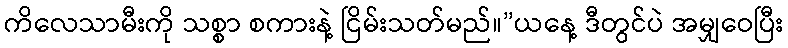
ကိလေသာမီးကို သစ္စာ စကားနဲ့ ငြိမ်းသတ်မည်။”ယနေ့ ဒီတွင်ပဲ အမျှဝေပြီး